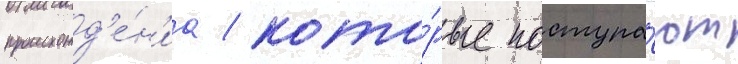
происхожд'е́н'иа / кото́рые поступа́ют